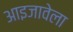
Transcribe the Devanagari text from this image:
आइजावेला